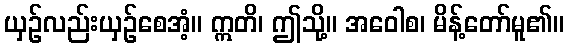
ယှဉ်လည်းယှဉ်စေအံ့။ ဣတိ၊ ဤသို့။ အဝေါစ၊ မိန့်တော်မူ၏။